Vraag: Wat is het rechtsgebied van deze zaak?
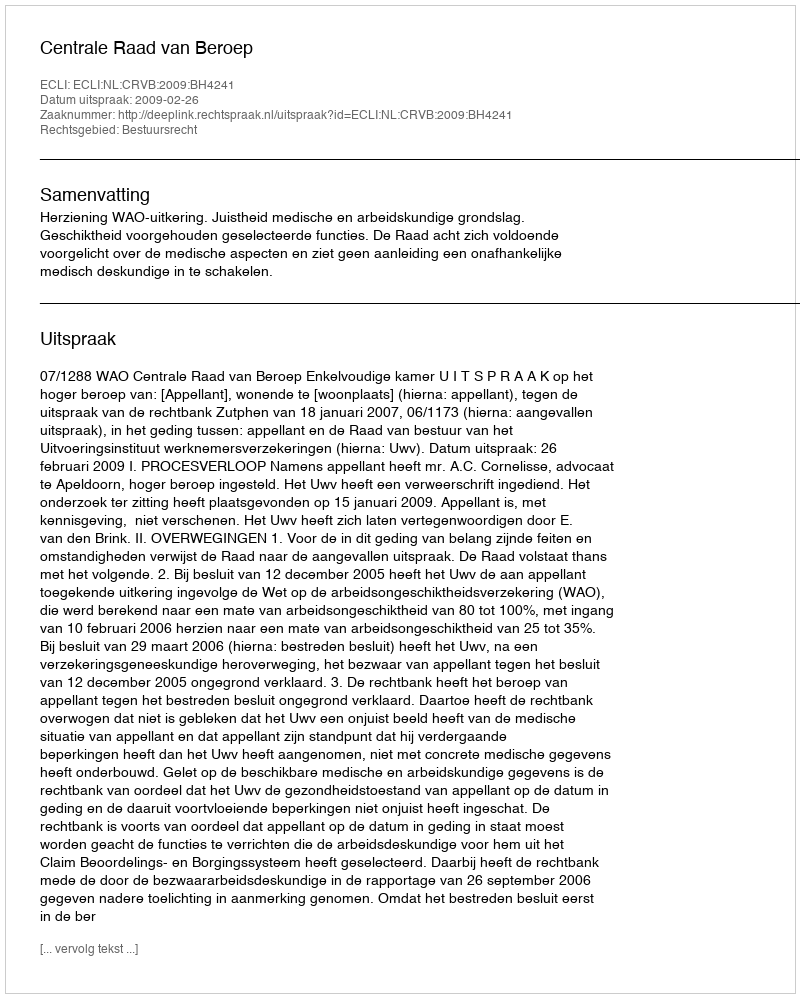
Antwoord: Bestuursrecht